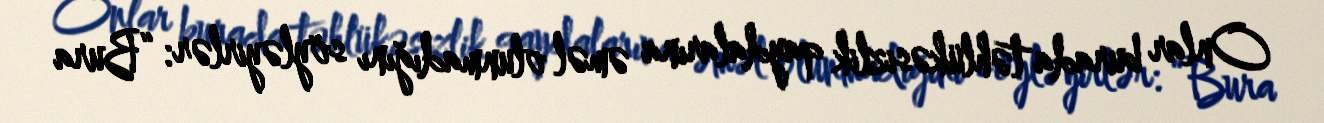
Onlar burada təhlükəsizlik qaydalarına əməl olunmadığını söyləyirlər: “Bura